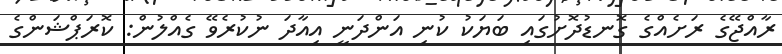
ރާއްޖޭގެ ރަށެއްގެ ގޮނޑުދޮށުގައި ބަޔަކު ކުނި އަންދަނީ އިއާދަ ނުކުރެވޭ ގެއްލުން: ކޮރަޕްޝަންގެ